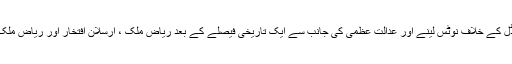
عوام بہرحال چیف جسٹس آف پاکستان افتخار محمد چوہدری کی جانب سے ارسلان گیٹ سکینڈل کے خلاف نوٹس لینے اور عدالت عظمیٰ کی جانب سے ایک تاریخی فیصلے کے بعد ریاض ملک ، ارسلان افتخار اور ریاض ملک کے داماد کے خلاف قانونی اقدامات کرنے کےلئے اٹارنی جنرل کے حوالے کر دیا گیا ہے۔